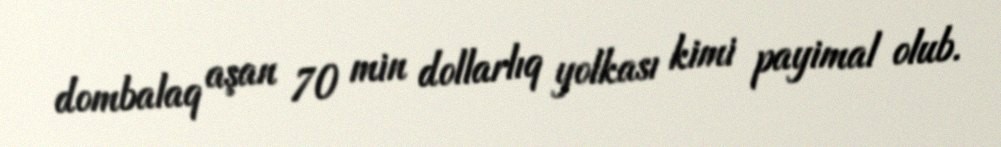
dombalaq aşan 70 min dollarlıq yolkası kimi payimal olub.